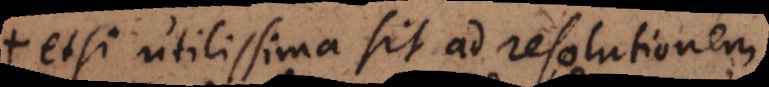
etsi utilissima sit ad resolutionem